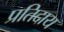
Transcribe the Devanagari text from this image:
प्रतिदाय